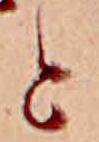
と